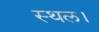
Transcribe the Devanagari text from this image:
स्‍थल।